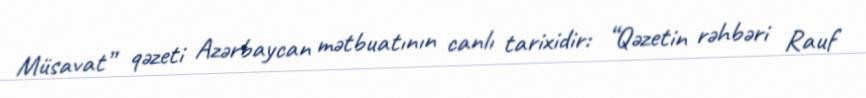
Müsavat” qəzeti Azərbaycan mətbuatının canlı tarixidir: “Qəzetin rəhbəri Rauf